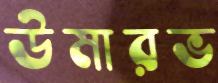
উমারভ